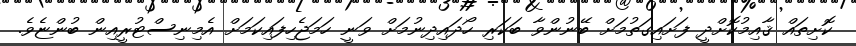
ކޮށިތައް ޤާއިމުކޮށްދީ ފަށައިގަތުމަށް ބޭނުންވާ ބަކަރި ހޯދައިދިނުމަށް ވަނީ ހަމަޖެހިފައިކަމަށް އެމިނިސްޓުރީއިން ބުންޏެވެ.